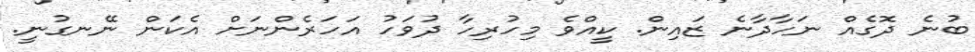
ބުނެ ދޮގެއް ނަހާދާނެ ޒައިން. ކީއްވެ މިހުރިހާ ދުވަހު އަހަރެންނަށް އެކަން ނޭނގުނީ.